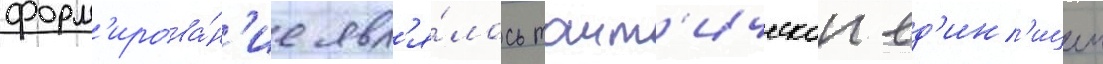
форм'ирова́н'ие явл'я́лось такт'ическои ед'ин'ицеи